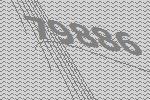
79886